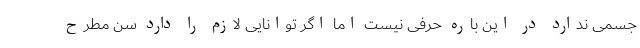
جسمی ندارد در این باره حرفی نیست اما اگر توانایی لازم را دارد سن مطرح